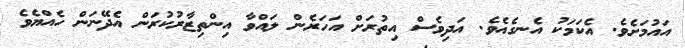
އައުމަށެވެ. އެކަމަކު އެނގެއެވެ. އަދިވެސް އިތުރަށް އަހަރެން ލައްވާ އިންތިޒާރުކުރަން އެދޭނަން ހެއްޔެވެ